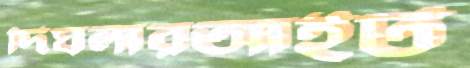
দিঘলারআইট